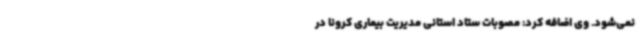
نمی‌شود. وی اضافه کرد: مصوبات ستاد استانی مدیریت بیماری کرونا در